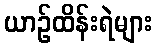
ယာဉ်ထိန်းရဲများ